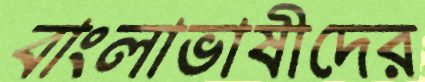
বাংলাভাষীদের